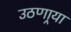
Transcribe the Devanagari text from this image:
उठणार्‍या